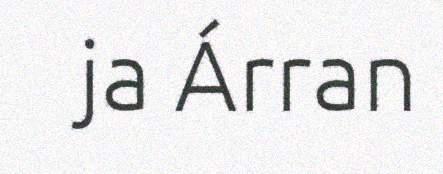
ja Árran